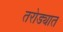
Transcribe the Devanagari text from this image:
तरोड्यात